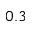
0 . 3